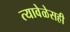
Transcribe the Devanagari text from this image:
त्यावेळेसही